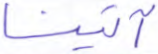
آتينا